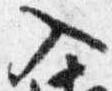
入